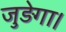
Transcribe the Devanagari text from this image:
जुड़ेगा।